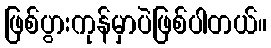
ဖြစ်ပွားကုန်မှာပဲဖြစ်ပါတယ်။